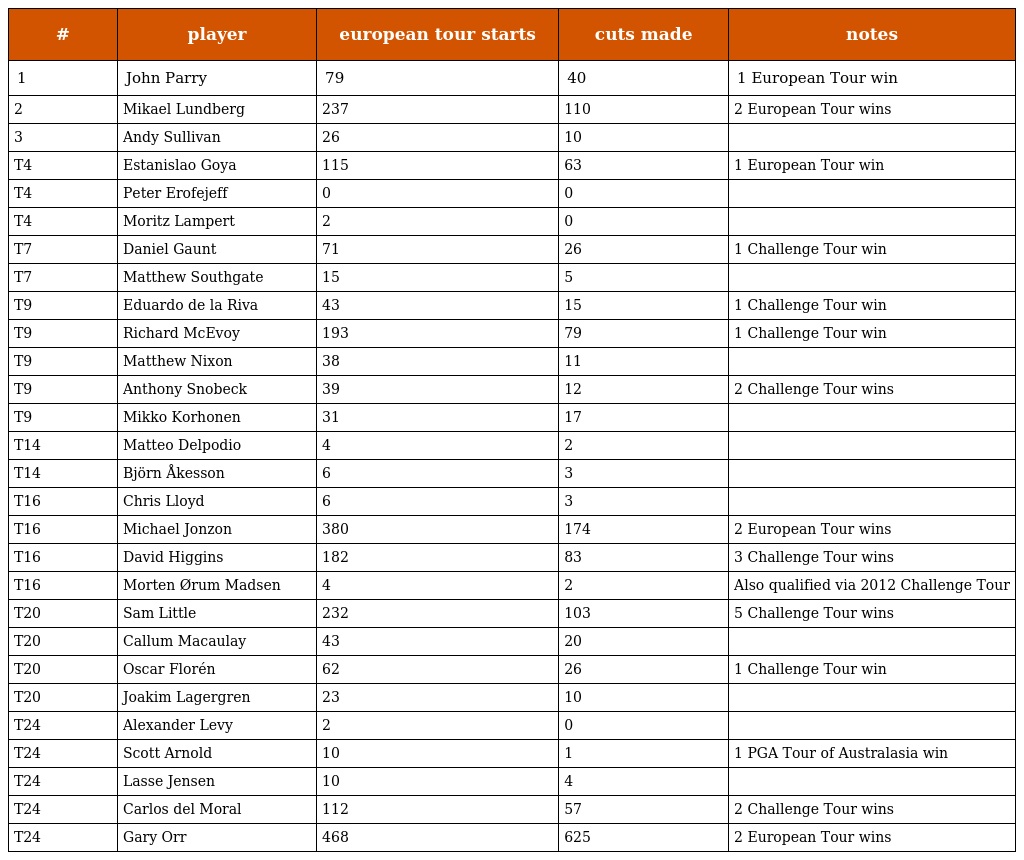
| # | player | european tour starts | cuts made | notes |
 | --- | --- | --- | --- | --- |
 | 1 | John Parry | 79 | 40 | 1 European Tour win |
 | 2 | Mikael Lundberg | 237 | 110 | 2 European Tour wins |
 | 3 | Andy Sullivan | 26 | 10 |  |
 | T4 | Estanislao Goya | 115 | 63 | 1 European Tour win |
 | T4 | Peter Erofejeff | 0 | 0 |  |
 | T4 | Moritz Lampert | 2 | 0 |  |
 | T7 | Daniel Gaunt | 71 | 26 | 1 Challenge Tour win |
 | T7 | Matthew Southgate | 15 | 5 |  |
 | T9 | Eduardo de la Riva | 43 | 15 | 1 Challenge Tour win |
 | T9 | Richard McEvoy | 193 | 79 | 1 Challenge Tour win |
 | T9 | Matthew Nixon | 38 | 11 |  |
 | T9 | Anthony Snobeck | 39 | 12 | 2 Challenge Tour wins |
 | T9 | Mikko Korhonen | 31 | 17 |  |
 | T14 | Matteo Delpodio | 4 | 2 |  |
 | T14 | Björn Åkesson | 6 | 3 |  |
 | T16 | Chris Lloyd | 6 | 3 |  |
 | T16 | Michael Jonzon | 380 | 174 | 2 European Tour wins |
 | T16 | David Higgins | 182 | 83 | 3 Challenge Tour wins |
 | T16 | Morten Ørum Madsen | 4 | 2 | Also qualified via 2012 Challenge Tour |
 | T20 | Sam Little | 232 | 103 | 5 Challenge Tour wins |
 | T20 | Callum Macaulay | 43 | 20 |  |
 | T20 | Oscar Florén | 62 | 26 | 1 Challenge Tour win |
 | T20 | Joakim Lagergren | 23 | 10 |  |
 | T24 | Alexander Levy | 2 | 0 |  |
 | T24 | Scott Arnold | 10 | 1 | 1 PGA Tour of Australasia win |
 | T24 | Lasse Jensen | 10 | 4 |  |
 | T24 | Carlos del Moral | 112 | 57 | 2 Challenge Tour wins |
 | T24 | Gary Orr | 468 | 625 | 2 European Tour wins |